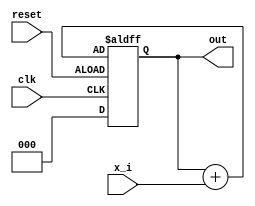
`timescale 1ns / 1ps
//////////////////////////////////////////////////////////////////////////////////
// Company: 
// Engineer: 
// 
// Design Name: 
// Module Name: shift_register
// Project Name: 
// Target Devices: 
// Tool Versions: 
// Description: 
// 
// Dependencies: 
// 
// Revision:
// Revision 0.01 - File Created
// Additional Comments:
// 
//////////////////////////////////////////////////////////////////////////////////


module shift_register(
    input clk,
    input reset,
    input x_i,
    output reg [2:0] out
    );
    
    always@(posedge clk or negedge reset) begin
        if (reset)
            out <= 3'b000;
        else begin
            out <= out << 1;
            out <= out + x_i;
        end
    end
    
endmodule